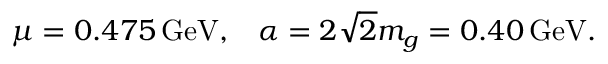
\mu = 0 . 4 7 5 \, \mathrm { G e V } , \; \; \; \alpha = 2 \sqrt { 2 } m _ { g } = 0 . 4 0 \, \mathrm { G e V } .